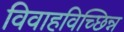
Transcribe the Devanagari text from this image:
विवाहविच्छिन्न